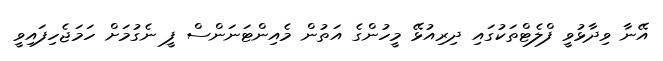
އޭނާ ވިދާޅުވީ ފްލެޓްތަކުގައި ދިރިއުޅޭ މީހުންގެ އަތުން މެއިންޓަނަންސް ފީ ނެގުމަށް ހަމަޖެހިފައިވީ